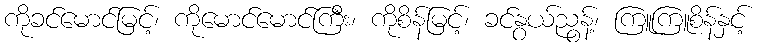
ကိုခင်မောင်မြင့်၊ ကိုမောင်မောင်ကြီး၊ ကိုစိန်မြင့်၊ ခင်နွယ်ညွန့်၊ ကြူကြူစိန်နှင့်